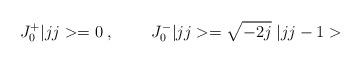
LaTeX: \begin{align*}J^+_0|jj>=0\; ,\;\;\;\;\;\;\;\; J^-_0|jj>=\sqrt{-2j}\;|jj-1>\end{align*}